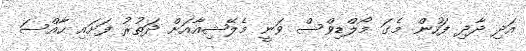
އަދި ދާދި ފަހުން މެގަ މޯލްޑިވްސް ވަނީ މެލޭޝިއާއަށް ދަތުރު ފަށައި ހާއްސަ